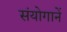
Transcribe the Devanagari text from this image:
संयोगानें